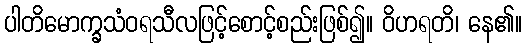
ပါတိမောက္ခသံဝရသီလဖြင့်စောင့်စည်းဖြစ်၍။ ဝိဟရတိ၊ နေ၏။